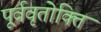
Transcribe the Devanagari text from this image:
पूर्ववृतोक्ति